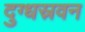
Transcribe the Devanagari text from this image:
दुग्धस्रवन